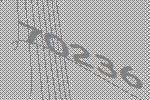
70236